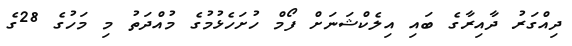
ދިއްގަރު ދާއިރާގެ ބައި އިލެކްޝަނަށް ފޯމް ހުށަހެޅުމުގެ މުއްދަތު މި މަހުގެ 28ގެ